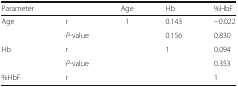
| Parameter |  | Age | Hb | %HbF |
 | --- | --- | --- | --- | --- |
 | Age | r | 1 | 0.143 | −0.022 |
 |  | P-value |  | 0.156 | 0.830 |
 | Hb | r |  | 1 | 0.094 |
 |  | P-value |  |  | 0.353 |
 | %HbF | r |  |  | 1 |